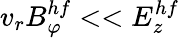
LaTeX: v_{r}B_{\varphi}^{hf}<<E_{z}^{hf}